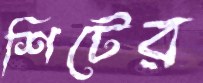
শিটের